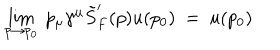
\lim _ { p \rightarrow p _ { 0 } } \ p _ { \mu } \gamma ^ { \mu } \tilde { S } _ { F } ^ { \prime } ( p ) u ( p _ { 0 } ) \ = \ u ( p _ { 0 } )